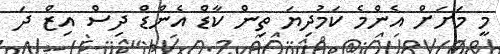
މީ މަށަށް އެންމެ ކަމުދިޔަ ތިން ކާޑް އެންޑް ދިސް އިޒް ދަ